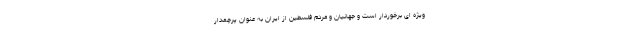
ویژه ای برخوردار است و جهانیان و مردم فلسطین از ایران به عنوان پرچمدار